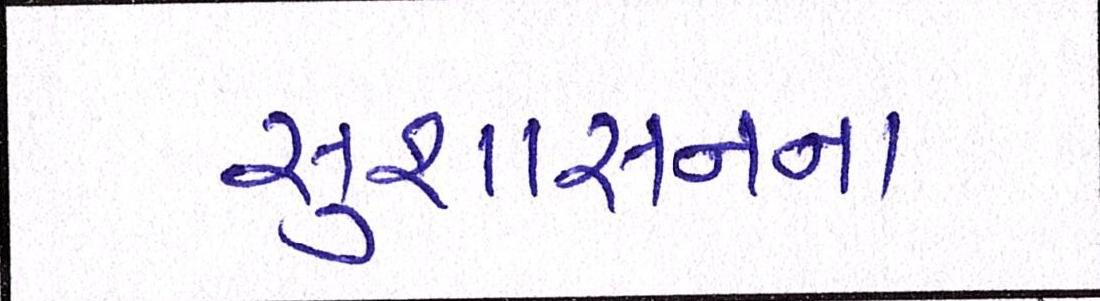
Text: સુશાસનના